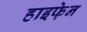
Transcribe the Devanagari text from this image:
हाइफे़न